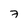
Character: 7